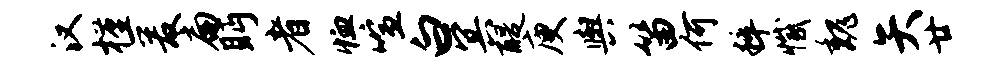
汉槿爰扁眄者恤喧白冥醍庾舆笛何粹撼魏矢廿